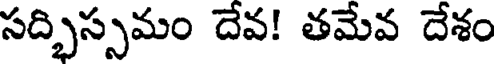
సద్భిస్సమం దేవ! తమేవ దేశం